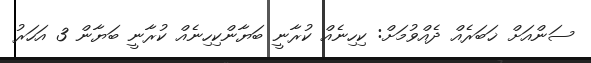
ސަންއަށް ޚަބަރެއް ދެއްވުމަށް: ކިހިނެއް ކުރާނީ ބަޔާންކިހިނެއް ކުރާނީ ބަޔާން 3 އަހަރު